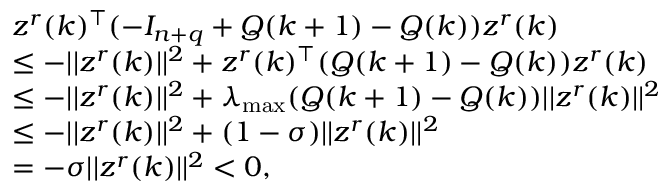
\begin{array} { r l } & { z ^ { r } ( k ) ^ { \top } ( - I _ { n + q } + Q ( k + 1 ) - Q ( k ) ) z ^ { r } ( k ) } \\ & { \leq - \lvert | z ^ { r } ( k ) \rvert | ^ { 2 } + z ^ { r } ( k ) ^ { \top } ( Q ( k + 1 ) - Q ( k ) ) z ^ { r } ( k ) } \\ & { \leq - \lvert | z ^ { r } ( k ) \rvert | ^ { 2 } + \lambda _ { \operatorname* { m a x } } ( Q ( k + 1 ) - Q ( k ) ) \lvert | z ^ { r } ( k ) \rvert | ^ { 2 } } \\ & { \leq - \lvert | z ^ { r } ( k ) \rvert | ^ { 2 } + ( 1 - \sigma ) \lvert | z ^ { r } ( k ) \rvert | ^ { 2 } } \\ & { = - \sigma \lvert | z ^ { r } ( k ) \rvert | ^ { 2 } < 0 , } \end{array}